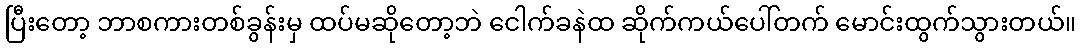
ပြီးတော့ ဘာစကားတစ်ခွန်းမှ ထပ်မဆိုတော့ဘဲ ငေါက်ခနဲထ ဆိုက်ကယ်ပေါ်တက် မောင်းထွက်သွားတယ်။